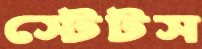
স্টেটস